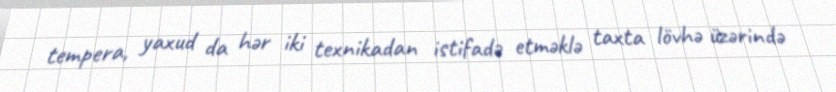
tempera, yaxud da hər iki texnikadan istifadə etməklə taxta lövhə üzərində